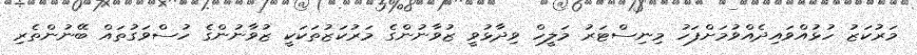
މަރުކަޒު ހުޅުއްވައިދެއްވުމަށްފަހު މިނިސްޓަރު މަލީހް ވިދާޅުވީ ޒުވާނުންގެ މަރުކަޒުތަކަކީ ޒުވާނުންގެ ހުސްވަގުތައް ބޭނުންތެރި